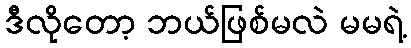
ဒီလိုတော့ ဘယ်ဖြစ်မလဲ မမရဲ့